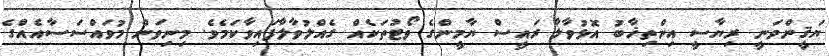
ޔަޤީންވަނީ ރިޔާސީ އިންތިޚާބު އޮޅުވާލާ ރައީސް ޔާމީންގެ ވޯޓުތަކެއް ގެއްލުވާލާފައިވާކަމެވެ. މިނިވަން މުވައްސަސާއެއްގެ